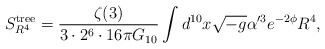
\begin{align*}S^{\rm tree}_{R^4}=\frac{\zeta(3)}{3\cdot 2^6\cdot 16\pi G_{10}} \int d^{10}x\sqrt{-g}\alpha'^3 e^{-2\phi}R^4,\end{align*}